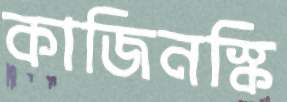
কাজিনস্কি